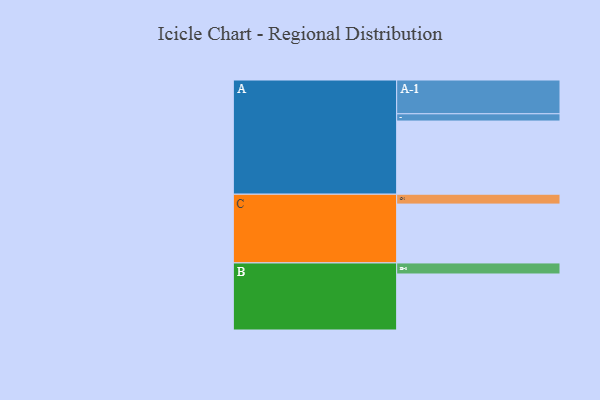
{"axis": {"x": "Segment", "y": "Value"}, "legend": ["", "A", "B", "C"], "data": [{"x": "A", "y": 563, "type": ""}, {"x": "B", "y": 431, "type": ""}, {"x": "C", "y": 453, "type": ""}, {"x": "A-1", "y": 260, "type": "A"}, {"x": "A-2", "y": 56, "type": "A"}, {"x": "B-1", "y": 85, "type": "B"}, {"x": "C-1", "y": 76, "type": "C"}]}